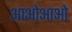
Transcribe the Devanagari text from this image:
आओआओ